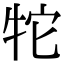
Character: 㸰